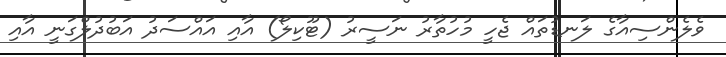
ވެލެންސިއާގެ ލަނޑުތައް ޖެހީ މުހުތާރު ނަސީރު (ޓޫކިލޯ) އާއި އައްސަދު އަބުދުލްގަނީ އާއި